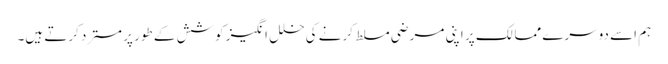
ہم اسے دوسرے ممالک پر اپنی مرضی مسلط کرنے کی خلل انگیز کوشش کے طور پر مسترد کرتے ہیں۔